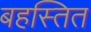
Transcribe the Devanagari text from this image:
बहस्तित